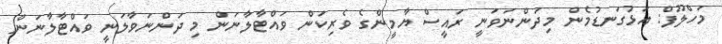
މަހްލޫފް: އަޅުގަނޑުމެން މިދަންނަވަނީ ރައީސް ޔާމީންގެ ވެރިކަން ވައްޓާލާނަން މި ދަންނަވާލަނީ ވައްޓާލާނަން